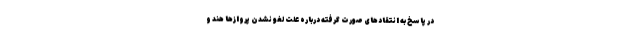
در پاسخ به انتقادهای صورت گرفته درباره علت لغو نشدن پروازها هند و